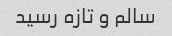
سالم و تازه رسید